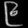
Digit: ၉